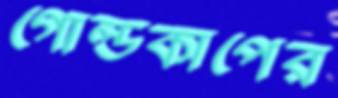
গোল্ডকাপের